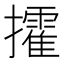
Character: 攉